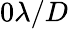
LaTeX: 0\lambda/D